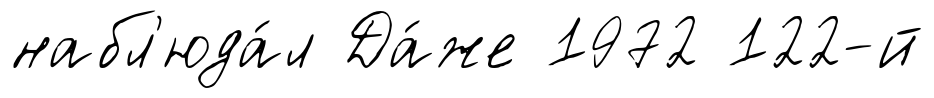
набл'юда́л Да́же 1972 122-й